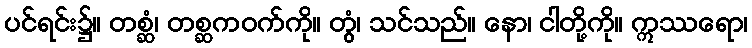
ပင်ရင်း၌။ တစ္ဆံ၊ တစ္ဆကဝက်ကို။ တွံ၊ သင်သည်။ နော၊ ငါတို့ကို။ ဣဿရော၊